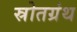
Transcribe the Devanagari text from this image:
स्रोतग्रंथ